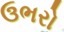
ઉભરો